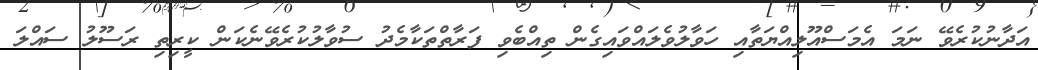
އަދާނުކުރެވޭ ނަމަ އެމަސްއޫލިއްޔަތާއި ހަވާލުވެލައްވައިގެން ތިއްބެވި ފަރާތްތަކާމެދު ސުވާލުކުރެވޭނެކަން ކީރިތި ރަސޫލު ސައްލަ